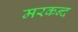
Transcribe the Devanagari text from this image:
मरकन्द